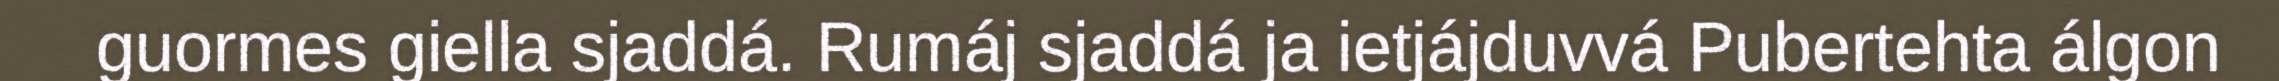
guormes giella sjaddá. Rumáj sjaddá ja ietjájduvvá Pubertehta álgon